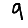
Digit: 9